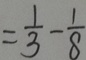
= \frac { 1 } { 3 } - \frac { 1 } { 8 }